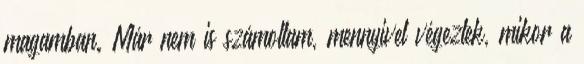
magamban. Már nem is számoltam, mennyivel végeztek, mikor a